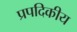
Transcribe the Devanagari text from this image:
प्रपदिकीय